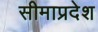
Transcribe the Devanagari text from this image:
सीमाप्रदेश